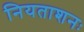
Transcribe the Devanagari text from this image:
नियताशनः